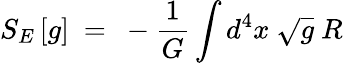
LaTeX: S_{E}\left[g\right]~=~-{\frac{1}{G}}\int d^{4}x~\sqrt g~R